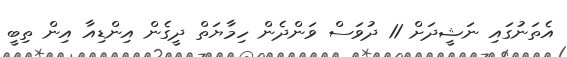
އެތަނުގައި ނަޝީދަށް 11 ދުވަސް ވަންދެން ހިމާޔަތް ދީގެން އިންޑިއާ އިން ތިބީ